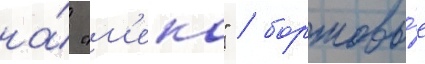
на́ "м'еко" / бортовы́е